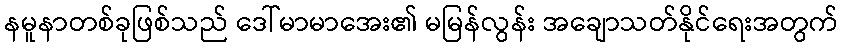
နမူနာတစ်ခုဖြစ်သည် ဒေါ်မာမာအေး၏ မမြန်လွန်း အချောသတ်နိုင်ရေးအတွက်